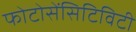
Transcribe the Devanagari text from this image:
फोटोसेंसिटिविटी